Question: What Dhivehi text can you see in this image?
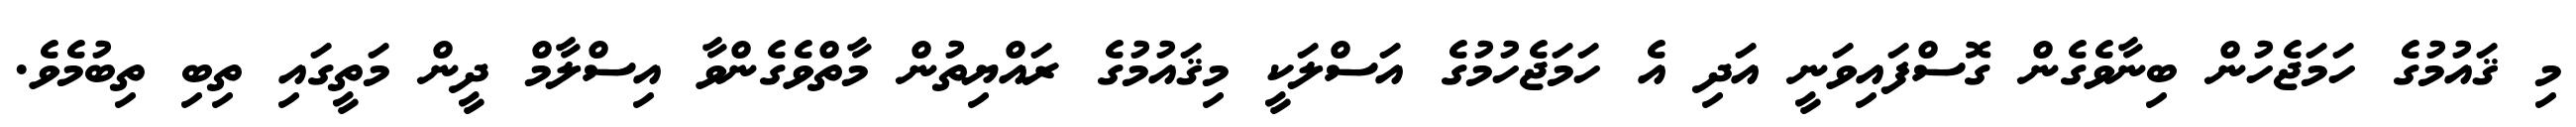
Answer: މި ޤައުމުގެ ހަމަޖެހުން ބިނާވެގެން ގޮސްފައިވަނީ އަދި އެ ހަމަޖެހުމުގެ އަސްލަކީ މިޤައުމުގެ ރައްޔިތުން މާތްވެގެންވާ އިސްލާމް ދީން މަތީގައި ތިބި ތިބުމެވެ.